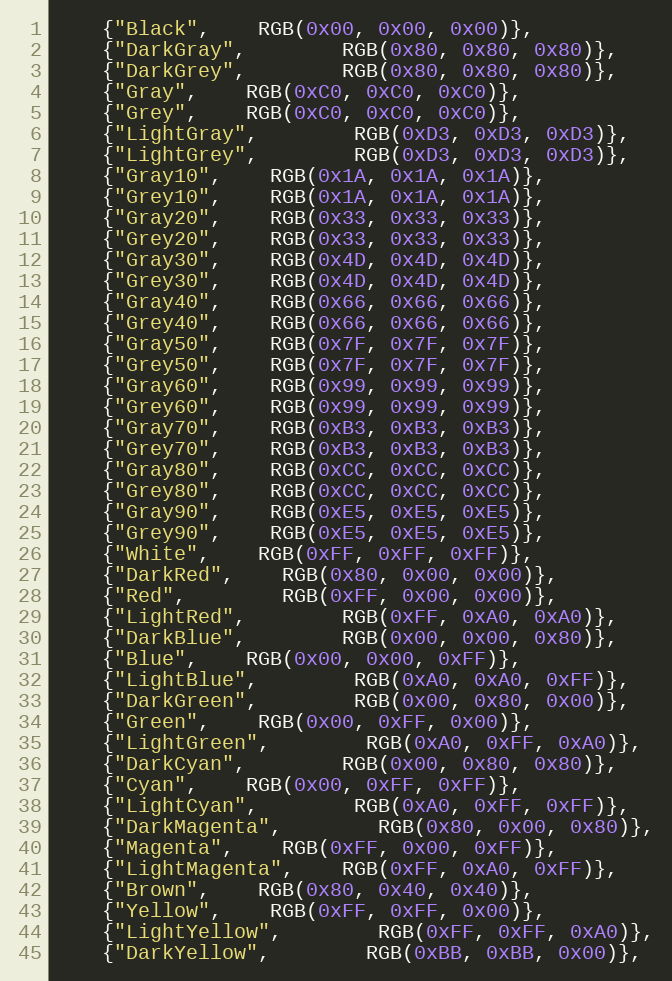
Language: C++
	{"Black",	RGB(0x00, 0x00, 0x00)},
	{"DarkGray",	    RGB(0x80, 0x80, 0x80)},
	{"DarkGrey",	    RGB(0x80, 0x80, 0x80)},
	{"Gray",	RGB(0xC0, 0xC0, 0xC0)},
	{"Grey",	RGB(0xC0, 0xC0, 0xC0)},
	{"LightGray",	    RGB(0xD3, 0xD3, 0xD3)},
	{"LightGrey",	    RGB(0xD3, 0xD3, 0xD3)},
	{"Gray10",	RGB(0x1A, 0x1A, 0x1A)},
	{"Grey10",	RGB(0x1A, 0x1A, 0x1A)},
	{"Gray20",	RGB(0x33, 0x33, 0x33)},
	{"Grey20",	RGB(0x33, 0x33, 0x33)},
	{"Gray30",	RGB(0x4D, 0x4D, 0x4D)},
	{"Grey30",	RGB(0x4D, 0x4D, 0x4D)},
	{"Gray40",	RGB(0x66, 0x66, 0x66)},
	{"Grey40",	RGB(0x66, 0x66, 0x66)},
	{"Gray50",	RGB(0x7F, 0x7F, 0x7F)},
	{"Grey50",	RGB(0x7F, 0x7F, 0x7F)},
	{"Gray60",	RGB(0x99, 0x99, 0x99)},
	{"Grey60",	RGB(0x99, 0x99, 0x99)},
	{"Gray70",	RGB(0xB3, 0xB3, 0xB3)},
	{"Grey70",	RGB(0xB3, 0xB3, 0xB3)},
	{"Gray80",	RGB(0xCC, 0xCC, 0xCC)},
	{"Grey80",	RGB(0xCC, 0xCC, 0xCC)},
	{"Gray90",	RGB(0xE5, 0xE5, 0xE5)},
	{"Grey90",	RGB(0xE5, 0xE5, 0xE5)},
	{"White",	RGB(0xFF, 0xFF, 0xFF)},
	{"DarkRed",	RGB(0x80, 0x00, 0x00)},
	{"Red",		RGB(0xFF, 0x00, 0x00)},
	{"LightRed",	    RGB(0xFF, 0xA0, 0xA0)},
	{"DarkBlue",	    RGB(0x00, 0x00, 0x80)},
	{"Blue",	RGB(0x00, 0x00, 0xFF)},
	{"LightBlue",	    RGB(0xA0, 0xA0, 0xFF)},
	{"DarkGreen",	    RGB(0x00, 0x80, 0x00)},
	{"Green",	RGB(0x00, 0xFF, 0x00)},
	{"LightGreen",	    RGB(0xA0, 0xFF, 0xA0)},
	{"DarkCyan",	    RGB(0x00, 0x80, 0x80)},
	{"Cyan",	RGB(0x00, 0xFF, 0xFF)},
	{"LightCyan",	    RGB(0xA0, 0xFF, 0xFF)},
	{"DarkMagenta",	    RGB(0x80, 0x00, 0x80)},
	{"Magenta",	RGB(0xFF, 0x00, 0xFF)},
	{"LightMagenta",    RGB(0xFF, 0xA0, 0xFF)},
	{"Brown",	RGB(0x80, 0x40, 0x40)},
	{"Yellow",	RGB(0xFF, 0xFF, 0x00)},
	{"LightYellow",	    RGB(0xFF, 0xFF, 0xA0)},
	{"DarkYellow",	    RGB(0xBB, 0xBB, 0x00)},